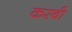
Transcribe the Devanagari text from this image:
करबी